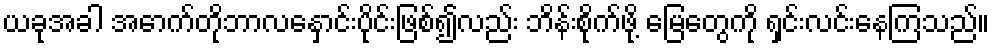
ယခုအခါ အောက်တိုဘာလနှောင်းပိုင်းဖြစ်၍လည်း ဘိန်းစိုက်ဖို့ မြေတွေကို ရှင်းလင်းနေကြသည်။